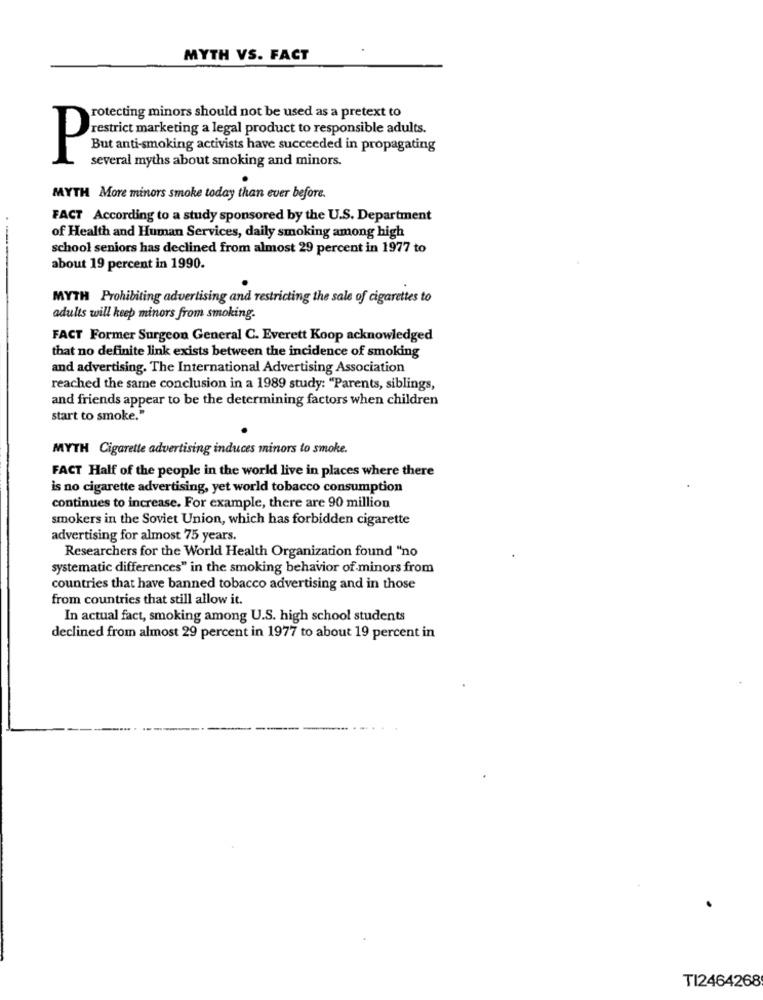
MYTH VS. FACT
rotecting minors should not be used as a pretext to
restrict marketing a legal product to responsible adults.
But anti-smoking activists have succeeded in propagating
P
several myths about smoking and minors.
MYTH More minors smoke today than ever before.
FACT According to a study sponsored by the U.S. Department
of Health and Human Services, daily smoking among high
school seniors has declined from almost 29 percent in 1977 to
about 19 percent in 1990.
MYTH Prohibiting advertising and restricting the sale of cigarettes to
adults will keep minors from smoking.
FACT Former Surgeon General C. Everett Koop acknowledged
that no definite link exists between the incidence of smoking
and advertising. The International Advertising Association
reached the same conclusion in a 1989 study: "Parents, siblings,
and friends appear to be the determining factors when children
start to smoke."
MYTH Cigarette advertising induces minors to smoke.
FACT Half of the people in the world live in places where there
is no cigarette advertising, yet world tobacco consumption
continues to increase. For example, there are 90 million
smokers in the Soviet Union, which has forbidden cigarette
advertising for almost 75 years.
Researchers for the World Health Organization found "no
systematic differences" in the smoking behavior of minors from
countries that have banned tobacco advertising and in those
from countries that still allow it.
In actual fact, smoking among U.S. high school students
declined from almost 29 percent in 1977 to about 19 percent in
TI2464268